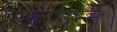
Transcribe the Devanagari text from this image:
निरूप्यन्ते।